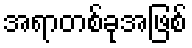
အရာတစ်ခုအဖြစ်